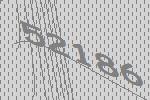
52186